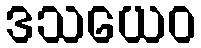
ဒသယေဝ